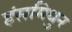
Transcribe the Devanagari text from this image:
हंसमिथुन